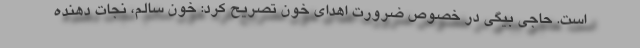
است. حاجی بیگی در خصوص ضرورت اهدای خون تصریح کرد: خون سالم، نجات دهنده